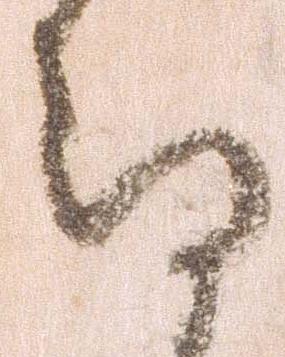
存